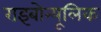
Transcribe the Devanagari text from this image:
राइबोन्यूलिक